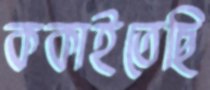
ককাইতেছি